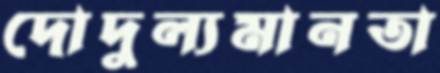
দোদুল্যমানতা